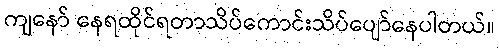
ကျနော် နေရထိုင်ရတာသိပ်ကောင်းသိပ်ပျော်နေပါတယ်။